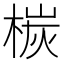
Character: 𣕴